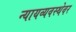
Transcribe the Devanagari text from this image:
न्यायव्यवस्थेवर